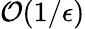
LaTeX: \mathcal{O}(1/\epsilon)